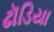
ઢૉડિયા